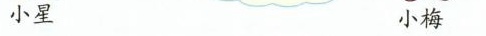
小星 小梅